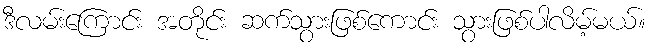
ဒီလမ်းကြောင်း အတိုင်း ဆက်သွားဖြစ်ကောင်း သွားဖြစ်ပါလိမ့်မယ်။